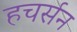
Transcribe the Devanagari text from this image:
हचर्सन